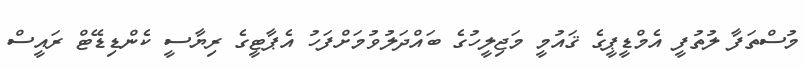
މުސްތަފާ ލުތުފީ އެމްޑީޕީގެ ޤައުމީ މަޖިލީހުގެ ބައްދަލުވުމަށްފަހު އެޕާޓީގެ ރިޔާސީ ކެންޑިޑޭޓް ރައީސް